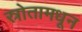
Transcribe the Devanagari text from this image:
स्रोतामधून